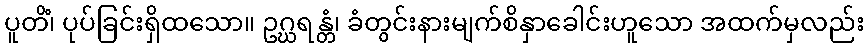
ပူတိံ၊ ပုပ်ခြင်းရှိထသော။ ဥဂ္ဃရန္တံ၊ ခံတွင်းနားမျက်စိနှာခေါင်းဟူသော အထက်မှလည်း